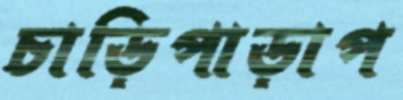
চাড়িপাড়াপ